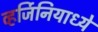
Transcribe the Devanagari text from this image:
व्हर्जिनियाध्ये